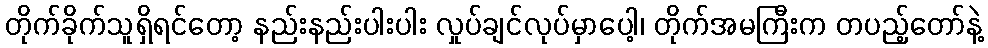
တိုက်ခိုက်သူရှိရင်တော့ နည်းနည်းပါးပါး လှုပ်ချင်လုပ်မှာပေါ့၊ တိုက်အမကြီးက တပည့်တော်နဲ့